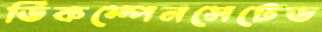
ডিকম্পেনসেটেড